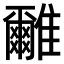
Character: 𩁖